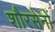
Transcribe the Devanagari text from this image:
शौरसेनों